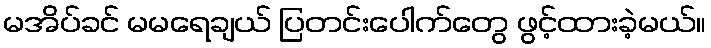
မအိပ်ခင် မမရေချယ် ပြတင်းပေါက်တွေ ဖွင့်ထားခဲ့မယ်။